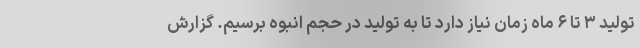
تولید ۳ تا ۶ ماه زمان نیاز دارد تا به تولید در حجم انبوه برسیم. گزارش